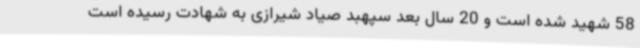
58 شهید شده است و 20 سال بعد سپهبد صیاد شیرازی به شهادت رسیده است